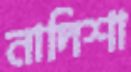
নাদিশা